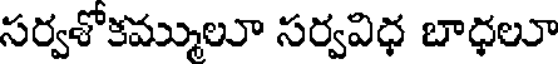
సర్వశోకమ్ములూ సర్వవిధ బాధలూ